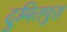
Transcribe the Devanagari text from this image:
दुमितपुरा